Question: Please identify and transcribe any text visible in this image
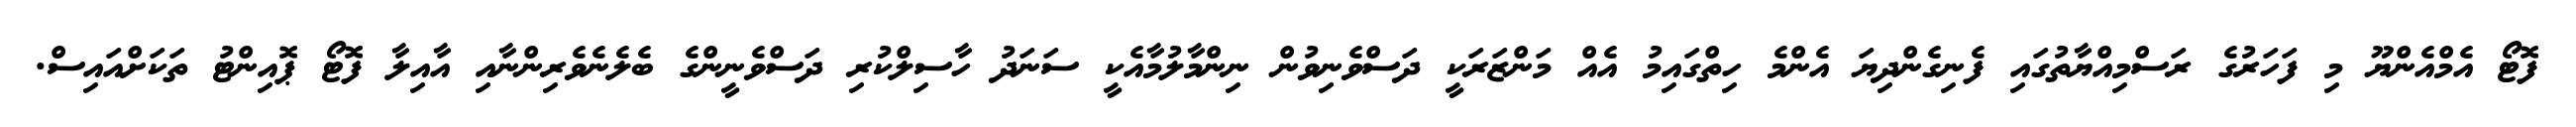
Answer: ފޮޓޯ އެމްއެންޔޫ މި ފަހަރުގެ ރަސްމިއްޔާތުގައި ފެނިގެންދިޔަ އެންމެ ހިތްގައިމު އެއް މަންޒަރަކީ ދަސްވެނިވުން ނިންމާލުމާއެކީ ސަނަދު ހާސިލްކުރި ދަސްވެނީންގެ ބެލެނެވެރިންނާއި އާއިލާ ފޮޓޯ ޕޮއިންޓު ތަކަށްއައިސް.